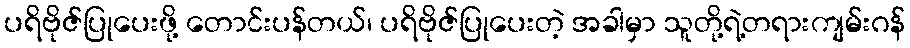
ပရိဗိုဇ်ပြုပေးဖို့ တောင်းပန်တယ်၊ ပရိဗိုဇ်ပြုပေးတဲ့ အခါမှာ သူတို့ရဲ့တရားကျမ်းဂန်